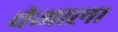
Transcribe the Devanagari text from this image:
वेगाला